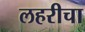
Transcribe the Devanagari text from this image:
लहरीचा